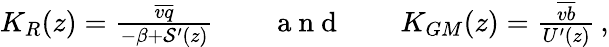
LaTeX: \begin{array}{r}{K_{R}(z)=\frac{\overline{{vq}}}{-\beta+{\cal S}^{\prime}(z)}\qquad\mathrm{~a~n~d~}\qquad K_{GM}(z)=\frac{\overline{{vb}}}{U^{\prime}(z)}\, ,}\end{array}